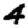
Digit: 4